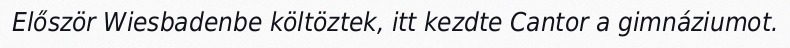
Először Wiesbadenbe költöztek, itt kezdte Cantor a gimnáziumot.